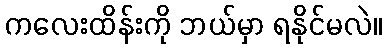
ကလေးထိန်းကို ဘယ်မှာ ရနိုင်မလဲ။